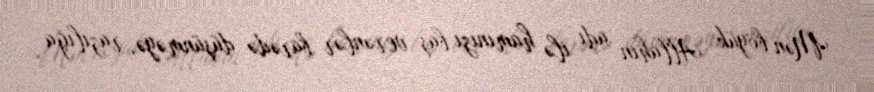
Mən böyük Allahın adı ilə hamınızı baş verənlər barədə düşünməyə, razılığa